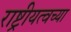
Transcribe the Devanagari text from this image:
राष्ट्रीयत्वच्या